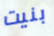
بنيت